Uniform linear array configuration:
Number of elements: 32
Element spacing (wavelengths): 0.5
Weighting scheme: exponential
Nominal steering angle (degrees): -60
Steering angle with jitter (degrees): -60.144
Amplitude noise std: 0.05
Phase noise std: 0.05

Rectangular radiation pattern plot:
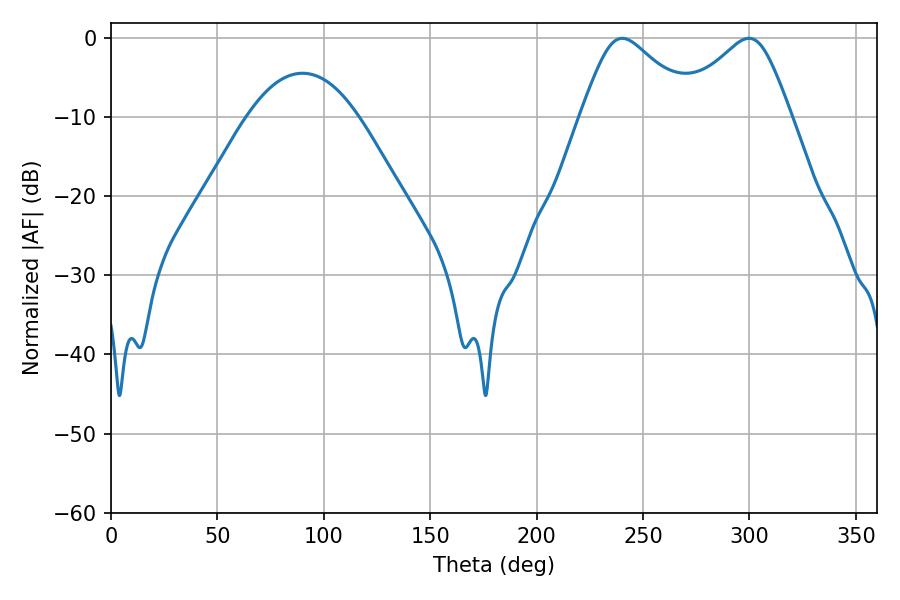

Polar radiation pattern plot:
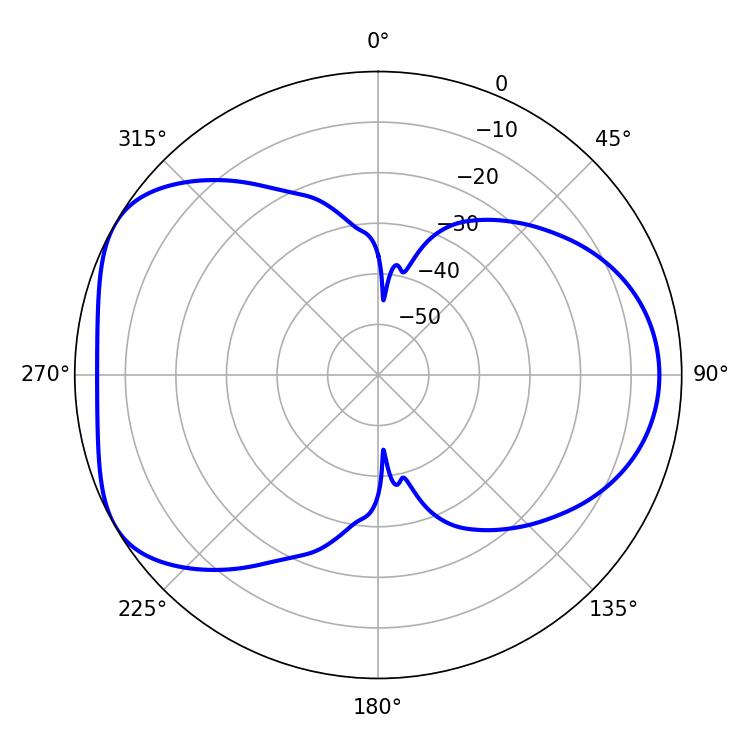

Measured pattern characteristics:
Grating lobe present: FALSE
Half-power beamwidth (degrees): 26.28
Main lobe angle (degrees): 240.3